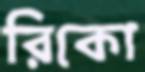
রিকো